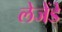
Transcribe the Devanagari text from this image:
लेजेंडे